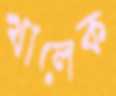
খালেক